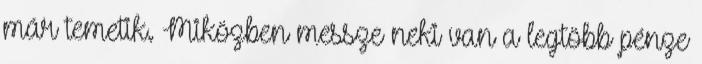
már temetik. Miközben messze neki van a legtöbb pénze